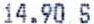
14.90 S